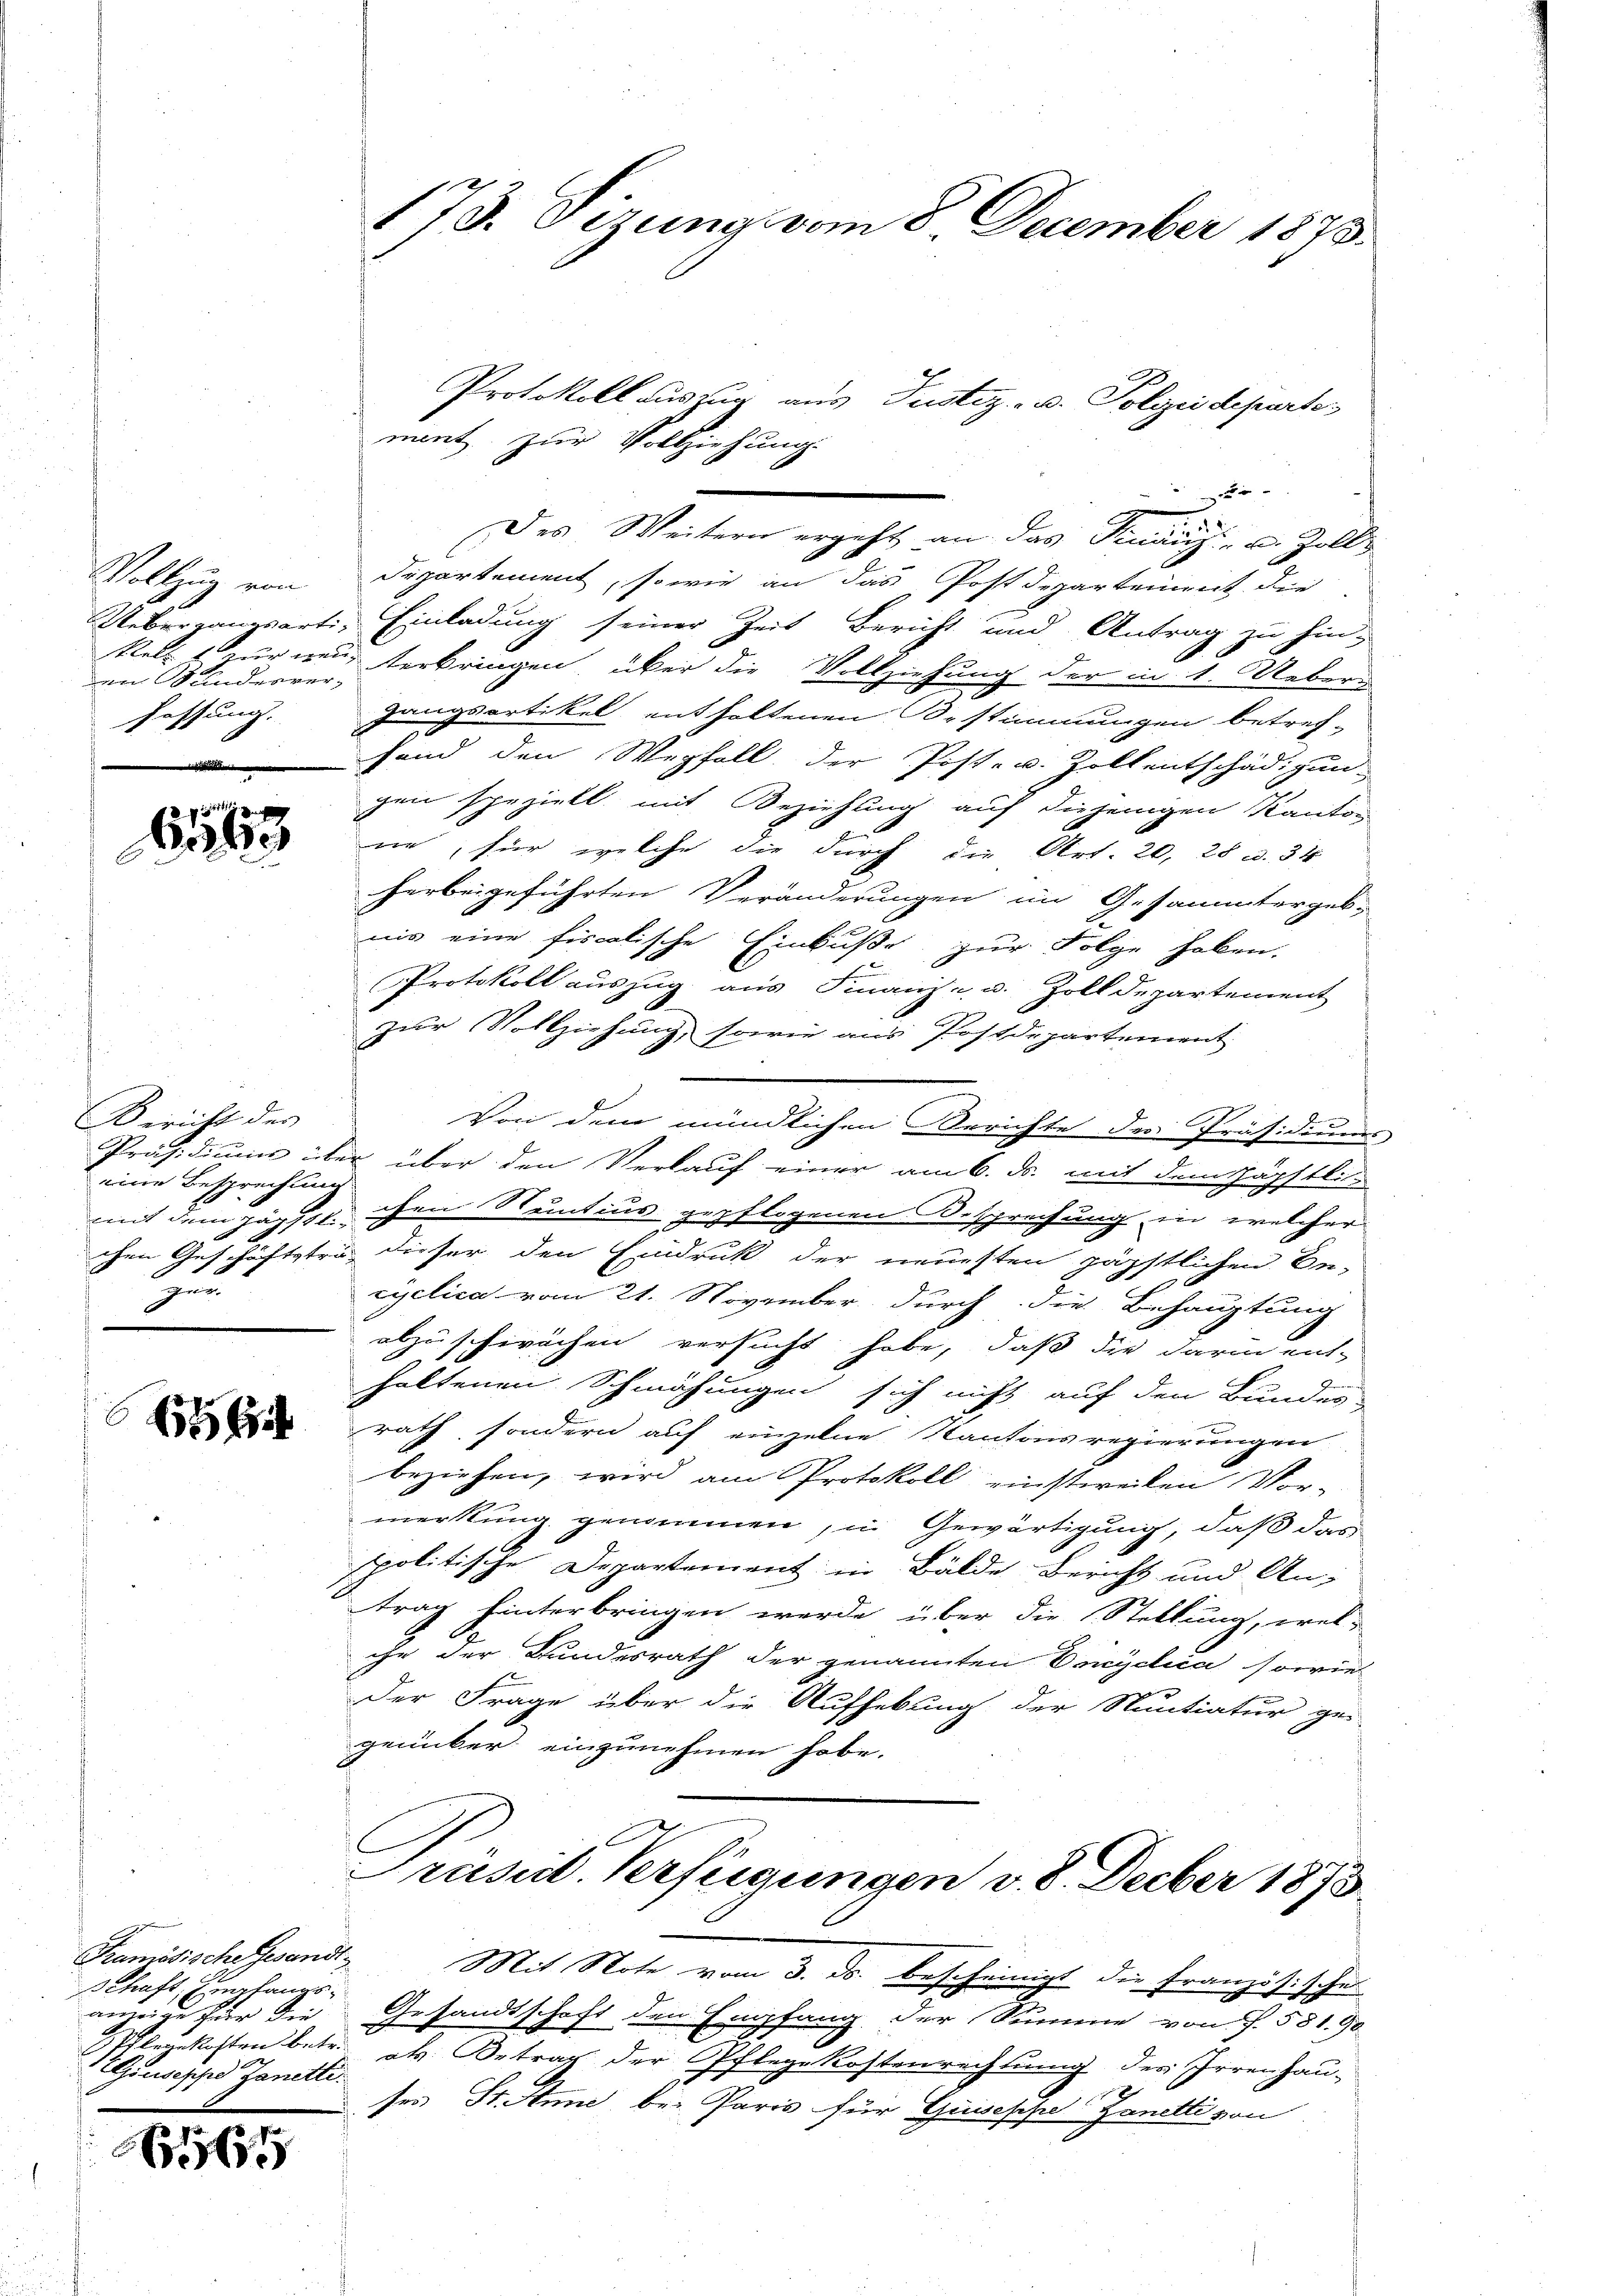
en Kinderver-
haffung.

gittig
663

Bericht der
eine Besprechung
zu

Tamössische Gesandt
Schaft Empfangsanweide für die
legekosten betre
Giuseph Janetti.

B9131

173. Otzung vom 8. December 1873.

Protokoll auszug aus Justiz- u. Polizeideparter
ment zur Vollziehung.
.
Des Weitern ergeht an das Finanz- und Zoll
Vollzug von Departement, sowie an das Postdepartement die
Uebergangsarti, Einladung seiner Zeit Bericht und Antrag zu hin-
kels zur wen verbringen, über die Vollziehung der in 1. Uebers
gangsartikel enthaltenen Bestimmungen betref-
fend den Wegfall der Post- u. Zollentschädigun-
gen speziell mit Beziehung auf diejenigen Kanton
ne, für welche die durch die Art. 20, 28 u. 34
herbeigeführten Veränderungen im Gesammtergeb-
nis eine fiscalische Einbuße zur Folge haben.
Protokoll auszug aus Finanz- u. Zolldepartement
zur Vollziehung, sowie aus Postdepartement
Von dem mündlichen Berichte der Präsidium
Präsidium über über den Verlauf einer am 6. ds. mit dem päpstli-
mit dem Jägst ihre Stentius gepflogenen Besprechung in welcher
chen Geschäftstra dieser den Eindruk der neuesten zäpstlichen Be-
ryelica vom 21. November durch die Behauptung
abzuschwächen versucht habe, daß die darin ent-
haltenen Schmähungen sich nicht auf den Bundes-
 rath, sondern auf einzelne Kantonsregierungen
beziehen, wird am Protokoll einstweilen Vor-
merkung genommen, u. Gewärtigung, daß das
spolitische Departement in Bälde Bericht und Antrag hinterbringen werde, über die Stellung, wel-
che der Bundesrath der genannten Ernyclica sowiel
Der Frage über die Aufhebung der Nuntiatur ge-
genüber einzunehmen habe.
Präsid. Verfügungen v. 8. Decber 1873.
Mit Note vom 3. ds. bescheinigt die Französische
Gesandtschaft den Empfang der Summe von S. 581. 90
als Betrag der Pflege Kostenrechnung des Irrenhau-
ses St. Anne bei Paris für Gisesche Zanetti von